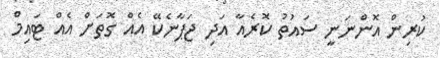
ކުރިން އޮންނަނީ ސައުތު ކޮރެއާ އަދި ޖަޕާނެކޭ އެއް ގޮތަށް އެއް ޓައިމް